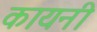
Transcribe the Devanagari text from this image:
कायनी